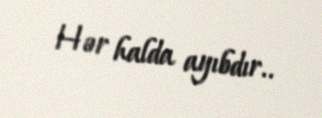
Hər halda ayıbdır..